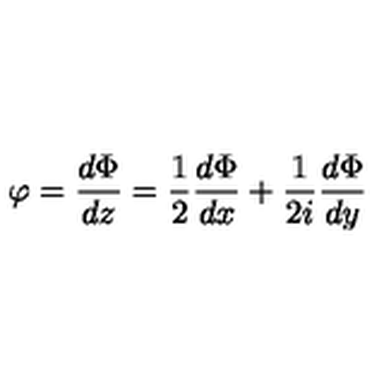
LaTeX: \varphi = \displaystyle \frac { d \Phi } { d z } = \frac { 1 } { 2 } \frac { d \Phi } { d x } + \frac { 1 } { 2 i } \frac { d \Phi } { d y }